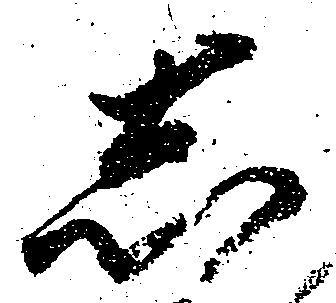
志